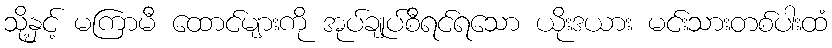
သို့နှင့် မကြာမီ ထောင်များကို အုပ်ချုပ်စီရင်ရသော ယိုးဒယား မင်းသားတစ်ပါးထံ